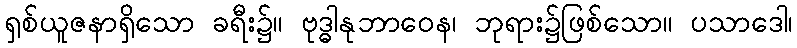
ရှစ်ယူဇနာရှိသော ခရီး၌။ ဗုဒ္ဓါနုဘာဝေန၊ ဘုရား၌ဖြစ်သော။ ပသာဒေါ၊